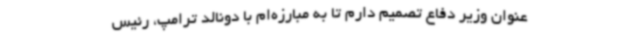
عنوان وزیر دفاع تصمیم دارم تا به مبارزه‌ام با دونالد ترامپ، رئیس